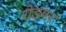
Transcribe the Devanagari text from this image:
रोड्मन